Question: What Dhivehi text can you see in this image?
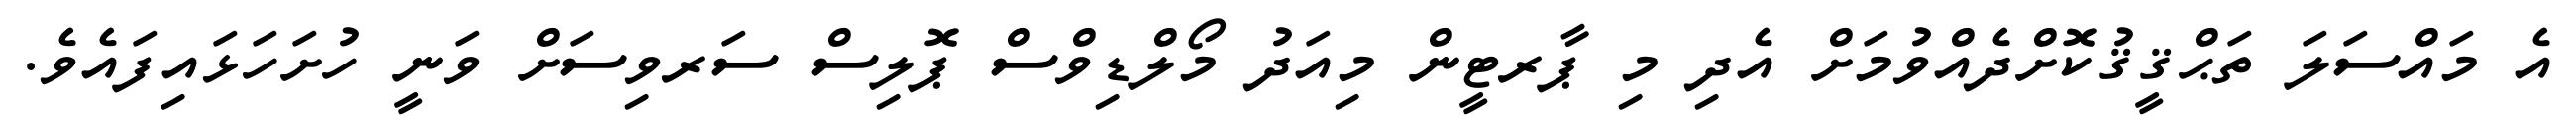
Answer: އެ މައްސަލަ ތަޙްޤީޤުކޮށްދެއްވުމަށް އެދި މި ޕާރޓީން މިއަދު މޯލްޑިވްސް ޕޮލިސް ސަރވިސަށް ވަނީ ހުށަހަޅައިފައެވެ.